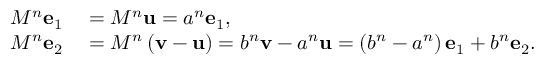
\begin{array} { r l } { M ^ { n } \mathbf { e } _ { 1 } } & { { } = M ^ { n } \mathbf { u } = a ^ { n } \mathbf { e } _ { 1 } , } \\ { M ^ { n } \mathbf { e } _ { 2 } } & { { } = M ^ { n } \left( \mathbf { v } - \mathbf { u } \right) = b ^ { n } \mathbf { v } - a ^ { n } \mathbf { u } = \left( b ^ { n } - a ^ { n } \right) \mathbf { e } _ { 1 } + b ^ { n } \mathbf { e } _ { 2 } . } \end{array}